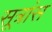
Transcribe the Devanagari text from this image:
सूत्रांस